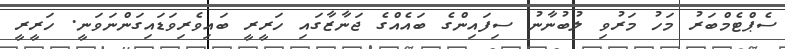
ސެޕްޓެމްބަރު މަހު މަރުވި ލުބުނާނު ސިފައިންގެ ބައެއްގެ ޖަނާޒާގައި ހަރީރީ ބައިވެރިވަޑައިގަންނަވަނީ. ހަރީރީ